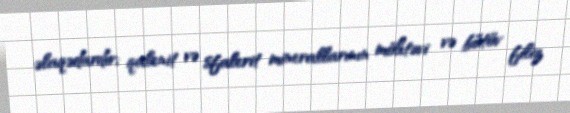
əlaqədardır; qalenit və sfalerit minerallarının möhtəvi və bütöv filiz